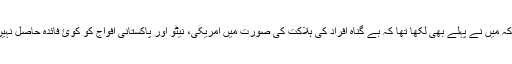
جيسا کہ میں نے پہلے بھی لکھا تھا کہ بے گناہ افراد کی ہلاکت کی صورت ميں امريکی، نيٹو اور پاکستانی افواج کو کوئ فائدہ حاصل نہيں ہوتا۔